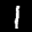
Label: 1